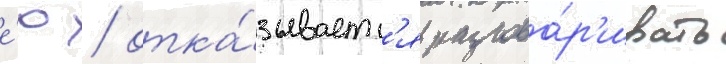
е́ю / отка́зываетс'я разгова́р'ивать